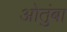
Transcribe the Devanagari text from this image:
ओतुंबा